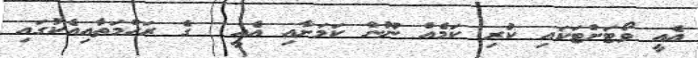
އެއީ ވޯޓަށްޓަކައި ކުރި ކަމެއް ނޫން ކަމަށާއި އެއީ  ގެ ރަހްމަތާއިއެކުގައި